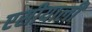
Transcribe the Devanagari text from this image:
एसीयाली